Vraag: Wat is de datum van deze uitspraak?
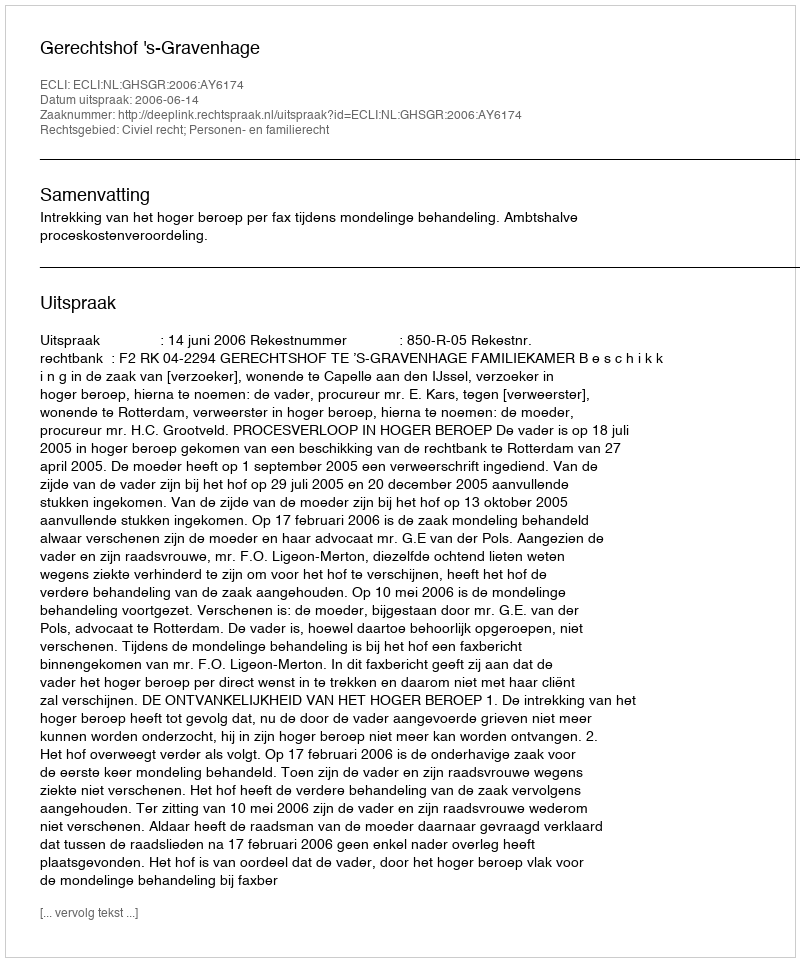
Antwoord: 2006-06-14